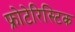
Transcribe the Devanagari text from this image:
फ्रोटेरिस्टिक